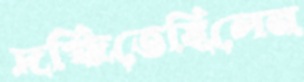
দগ্ধিতেছিলেন